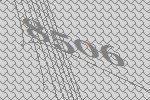
8506